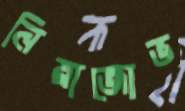
নিয়াজোভ